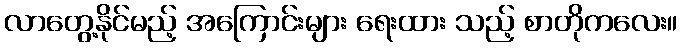
လာတွေ့နိုင်မည့် အကြောင်းများ ရေးထား သည့် စာတိုကလေး။